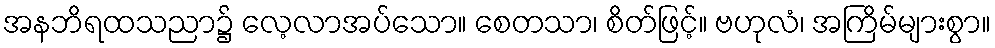
အနဘိရထသညာ၌ လေ့လာအပ်သော။ စေတသာ၊ စိတ်ဖြင့်။ ဗဟုလံ၊ အကြိမ်များစွာ။